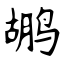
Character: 鹕